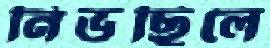
নিভছিলে